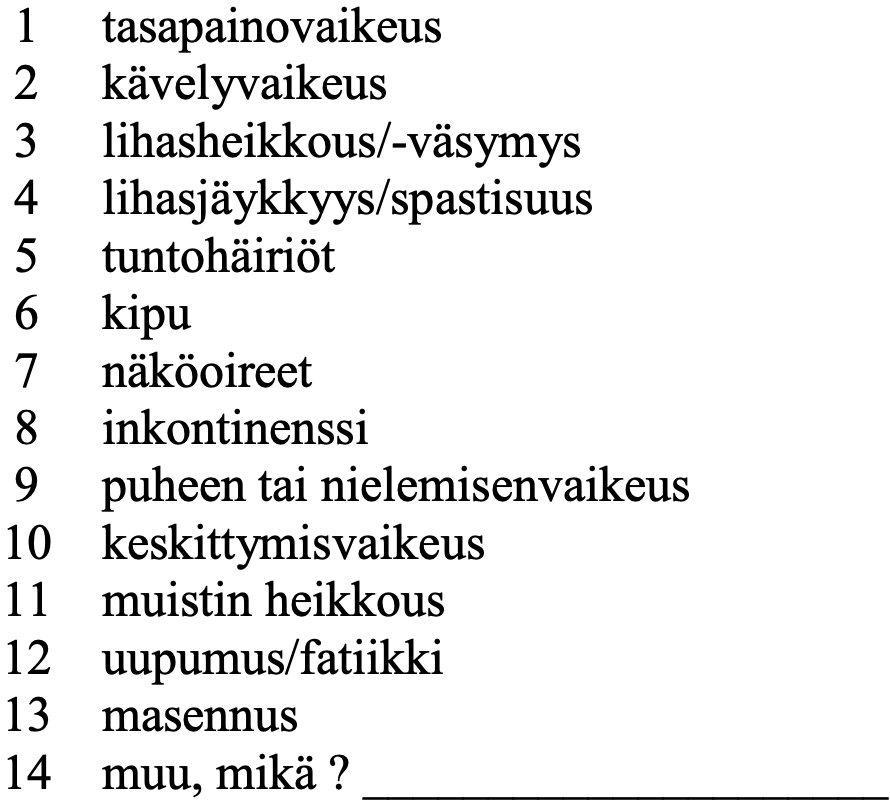
1  tasapainovaikeus 2  kävelyvaikeus 3  lihasheikkous/-väsymys 4  lihasjäykkyys/spastisuus 5  tuntohäiriöt 6  kipu 7  näköoireet 8  inkontinenssi 9  puheen tai nielemisenvaikeus 10 keskittymisvaikeus 11 muistin heikkous 12 uupumus/fatiikki 13 masennus 14 muu, mikä ? _____________________